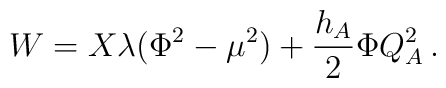
W = X\lambda(\Phi^2 - \mu^2) + {h_A\over 2}\Phi Q_A^2\, .